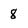
Character: 8